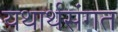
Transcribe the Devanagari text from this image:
यथार्थसंगत